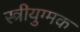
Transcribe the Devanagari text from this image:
स्त्रीयुग्मक